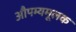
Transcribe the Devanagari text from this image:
औपम्यमूलक